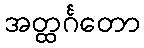
အတ္ထင်္ဂတော